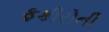
ફકીરોની